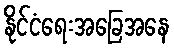
နိုင်ငံရေးအခြေအနေ